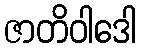
ဇာတိဝါဒေါ